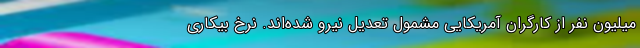
میلیون نفر از کارگران آمریکایی مشمول تعدیل نیرو شده‌اند. نرخ بیکاری